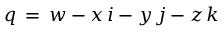
~ q \, = \, w - x \, i - y \, j - z \, k